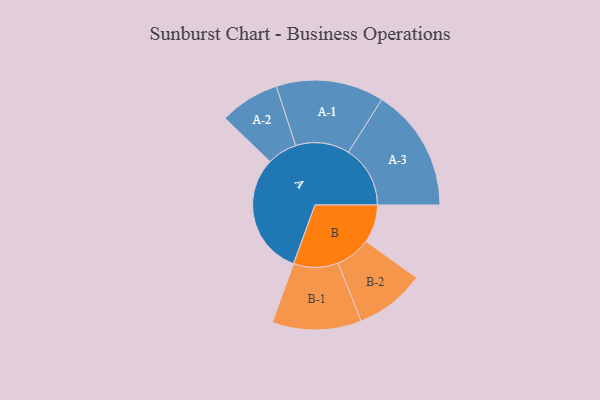
{"axis": {"x": "Segment", "y": "Value"}, "legend": ["", "A", "B"], "data": [{"x": "A", "y": 407, "type": ""}, {"x": "B", "y": 127, "type": ""}, {"x": "A-1", "y": 180, "type": "A"}, {"x": "A-2", "y": 100, "type": "A"}, {"x": "A-3", "y": 206, "type": "A"}, {"x": "B-1", "y": 149, "type": "B"}, {"x": "B-2", "y": 117, "type": "B"}]}